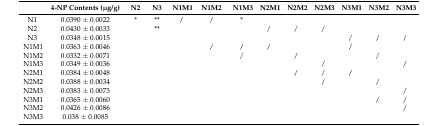
<table><thead><tr><td></td><td><b>4-NP Contents (μg/g)</b></td><td><b>N2</b></td><td><b>N3</b></td><td><b>N1M1</b></td><td><b>N1M2</b></td><td><b>N1M3</b></td><td><b>N2M1</b></td><td><b>N2M2</b></td><td><b>N2M3</b></td><td><b>N3M1</b></td><td><b>N3M2</b></td><td><b>N3M3</b></td></tr></thead><tbody><tr><td>N1</td><td>0.0390 ± 0.0022</td><td>*</td><td>**</td><td>/</td><td>/</td><td>*</td><td></td><td></td><td></td><td></td><td></td><td></td></tr><tr><td>N2</td><td>0.0430 ± 0.0033</td><td></td><td>**</td><td></td><td></td><td></td><td>/</td><td>/</td><td>/</td><td></td><td></td><td></td></tr><tr><td>N3</td><td>0.0348 ± 0.0015</td><td></td><td></td><td></td><td></td><td></td><td></td><td></td><td></td><td>/</td><td>/</td><td>/</td></tr><tr><td>N1M1</td><td>0.0363 ± 0.0046</td><td></td><td></td><td></td><td>/</td><td>/</td><td>/</td><td></td><td></td><td>/</td><td></td><td></td></tr><tr><td>N1M2</td><td>0.0332 ± 0.0071</td><td></td><td></td><td></td><td></td><td>/</td><td></td><td>/</td><td></td><td></td><td>/</td><td></td></tr><tr><td>N1M3</td><td>0.0349 ± 0.0036</td><td></td><td></td><td></td><td></td><td></td><td></td><td></td><td>/</td><td></td><td></td><td>/</td></tr><tr><td>N2M1</td><td>0.0384 ± 0.0048</td><td></td><td></td><td></td><td></td><td></td><td></td><td>/</td><td>/</td><td>/</td><td></td><td></td></tr><tr><td>N2M2</td><td>0.0388 ± 0.0034</td><td></td><td></td><td></td><td></td><td></td><td></td><td></td><td>/</td><td></td><td>/</td><td></td></tr><tr><td>N2M3</td><td>0.0383 ± 0.0073</td><td></td><td></td><td></td><td></td><td></td><td></td><td></td><td></td><td></td><td></td><td>/</td></tr><tr><td>N3M1</td><td>0.0365 ± 0.0060</td><td></td><td></td><td></td><td></td><td></td><td></td><td></td><td></td><td></td><td>/</td><td>/</td></tr><tr><td>N3M2</td><td>0.0426 ± 0.0086</td><td></td><td></td><td></td><td></td><td></td><td></td><td></td><td></td><td></td><td></td><td>/</td></tr><tr><td>N3M3</td><td>0.038 ± 0.0085</td><td></td><td></td><td></td><td></td><td></td><td></td><td></td><td></td><td></td><td></td><td></td></tr></tbody></table>